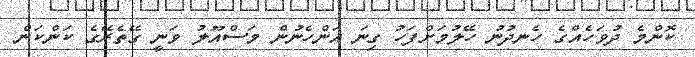
ކޮންމެ ދުވަހެއްގެ ހެނދުނު ހޭލުމަށްފަހު ގިނަ އަންހެނުން މަސްއޫލު ވަނީ ގޭތެރޭގެ ކަންކަން